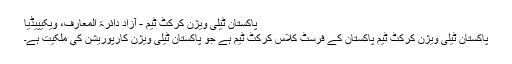
پاکستان ٹیلی ویژن کرکٹ ٹیم - آزاد دائرۃ المعارف، ویکیپیڈیا
پاکستان ٹیلی ویژن کرکٹ ٹیم پاکستان کے فرسٹ کلاس کرکٹ ٹیم ہے جو پاکستان ٹیلی ویژن کارپوریشن کی ملکیت ہے۔